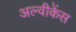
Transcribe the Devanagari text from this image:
अल्वीकेंस